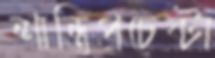
শান্তিপ্রচেষ্টা